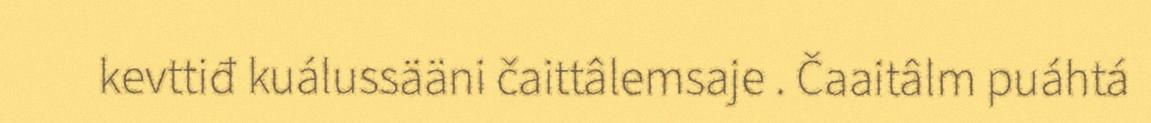
kevttiđ kuálussääni čaittâlemsaje . Čaaitâlm puáhtá